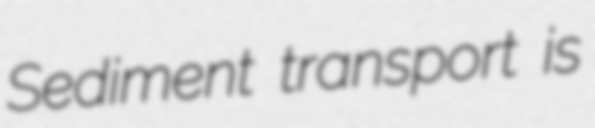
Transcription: Sediment transport is